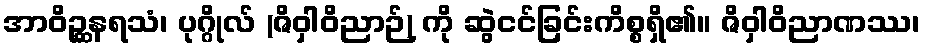
အာဝိဉ္ဆနရသံ၊ ပုဂ္ဂိုလ် (ဇိဝှါဝိညာဉ်) ကို ဆွဲငင်ခြင်းကိစ္စရှိ၏။ ဇိဝှါဝိညာဏဿ၊